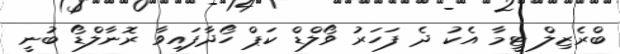
ބްރެޒިލް ޓީމާ އެކު ދެ ފަހަރު ވޯލްޑް ކަޕް ހޯދާފައިވާ ރޮނާލްޑޯ ބުނީ